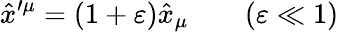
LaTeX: \hat{x}^{\prime\mu}=(1+\varepsilon)\hat{x}_{\mu}\qquad(\varepsilon\ll 1)